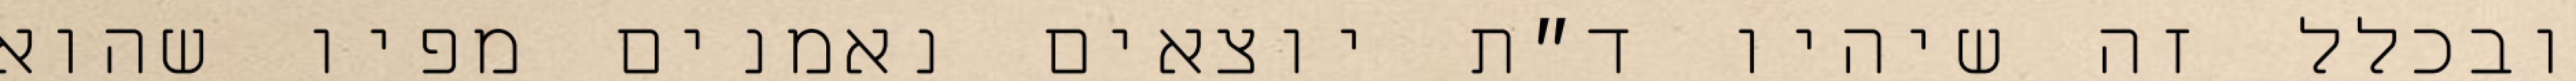
ובכלל זה שיהיו ד״ת יוצאים נאמנים מפיו שהוא